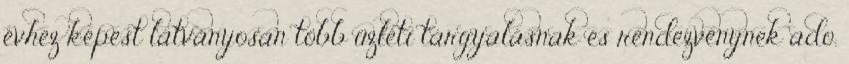
évhez képest látványosan több üzleti tárgyalásnak és rendezvénynek ado.